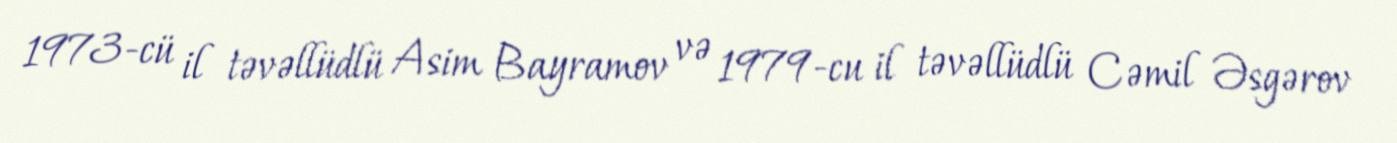
1973-cü il təvəllüdlü Asim Bayramov və 1979-cu il təvəllüdlü Cəmil Əsgərov